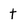
Character: t